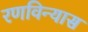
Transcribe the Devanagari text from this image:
रणविन्यास